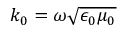
k _ { 0 } = \omega \sqrt { \epsilon _ { 0 } \mu _ { 0 } }